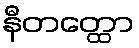
နီတတ္ထော